Mental hospitals Bombay report 1921-28 - 1921-1928
Year: 1921
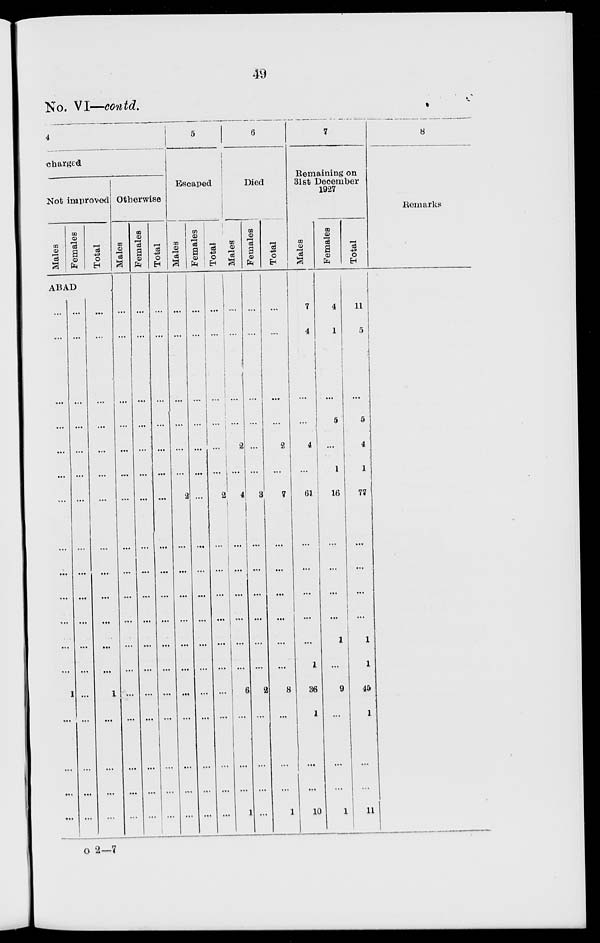
49
No. VI—contd.
4
charged
Not improved
Males
Females
Total
ABAD
...
...
...
...
...
...
...
...
...
...
...
...
...
...
1
...
...
...
...
...
...
...
...
...
...
...
...
...
...
...
...
...
...
...
...
...
...
...
...
...
...
...
...
...
...
...
...
...
...
...
...
...
1
...
...
...
...
Otherwise
Males
...
...
...
...
...
...
...
...
...
...
...
...
...
...
...
...
...
...
...
Females
...
...
...
...
...
...
...
...
...
...
...
...
...
...
...
...
...
...
...
Total
...
...
...
...
...
...
...
...
...
...
...
...
...
...
...
...
...
...
...
5
Escaped
Males
...
...
...
...
...
...
...
2
...
...
...
...
...
...
...
...
...
...
...
Females
...
...
...
...
...
...
...
...
...
...
...
...
...
...
...
...
...
...
...
Total
...
...
...
...
...
...
...
2
...
...
...
...
...
...
...
...
...
...
...
6
Died
Males
...
...
...
...
...
2
...
4
...
...
...
...
...
...
6
...
...
...
1
Females
...
...
...
...
...
...
...
3
...
...
...
...
...
...
2
...
...
...
...
Total
...
...
...
...
...
2
...
7
...
...
...
...
...
...
8
...
...
...
1
7
Remaining on
31st December
1927
Males
7
4
...
...
...
4
...
61
...
...
...
...
...
1
36
1
...
...
10
Females
4
1
...
...
5
...
1
16
...
...
...
...
1
...
9
...
...
...
1
Total
11
5
...
...
5
4
1
77
...
...
...
...
1
1
45
1
...
...
11
8
Remarks
o 2—7